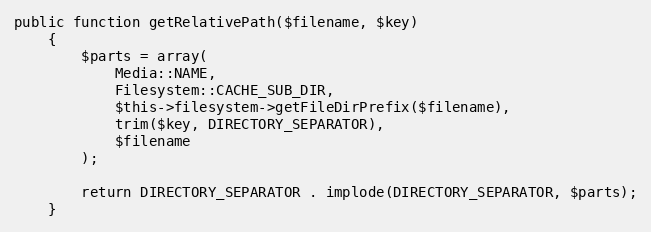
Language: PHP
public function getRelativePath($filename, $key)
    {
        $parts = array(
            Media::NAME,
            Filesystem::CACHE_SUB_DIR,
            $this->filesystem->getFileDirPrefix($filename),
            trim($key, DIRECTORY_SEPARATOR),
            $filename
        );

        return DIRECTORY_SEPARATOR . implode(DIRECTORY_SEPARATOR, $parts);
    }